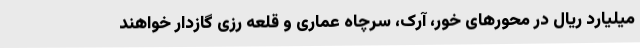
میلیارد ریال در محورهای خور، آرک، سرچاه عماری و قلعه رزی گازدار خواهند